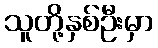
သူတို့နှစ်ဦးမှာ